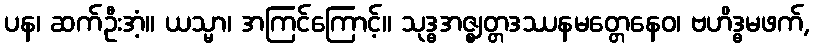
ပန၊ ဆက်ဦးအံ့။ ယသ္မာ၊ အကြင်ကြောင့်။ သုဒ္ဓအဇ္ဈတ္တဒဿနမတ္တေနေဝ၊ ဗဟိဒ္ဓမဖက်,